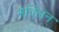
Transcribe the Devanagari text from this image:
मैक्लिन